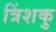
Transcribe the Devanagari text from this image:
त्रिंशकु